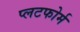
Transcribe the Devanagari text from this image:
प्लटफोर्म